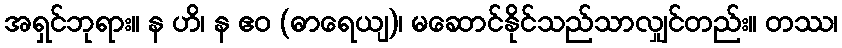
အရှင်ဘုရား။ န ဟိ၊ န ဧဝ (ဓာရေယျ)၊ မဆောင်နိုင်သည်သာလျှင်တည်း။ တဿ၊